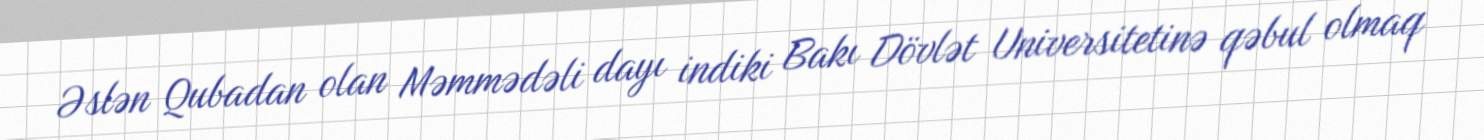
Əslən Qubadan olan Məmmədəli dayı indiki Bakı Dövlət Universitetinə qəbul olmaq